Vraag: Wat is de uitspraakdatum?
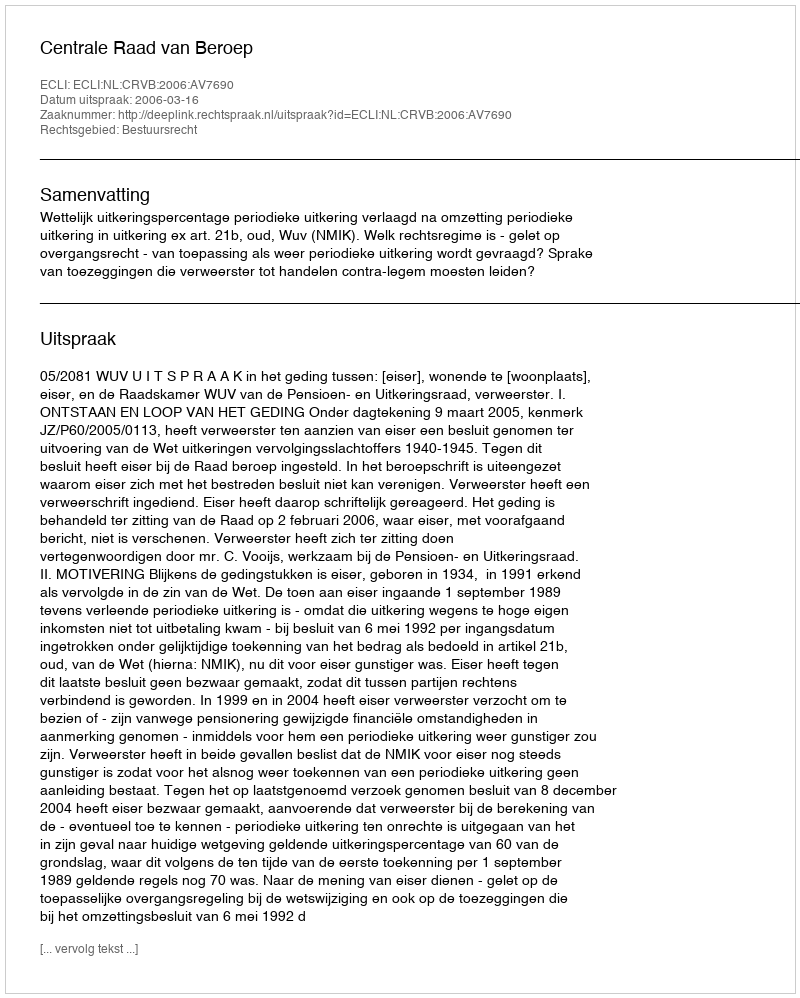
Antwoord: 2006-03-16